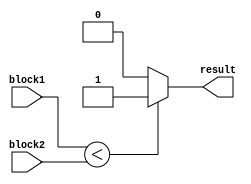
module unsigned_comparator(input [7:0] block1, input [7:0] block2, output result);

assign result = (block1 < block2) ? 1'b1 : 1'b0;

endmodule